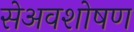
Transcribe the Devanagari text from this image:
सेअवशोषण